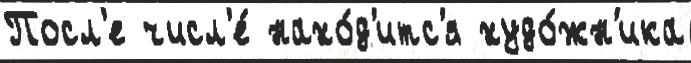
Посл'е числ'е́ нахо́д'итс'я худо́жн'ика